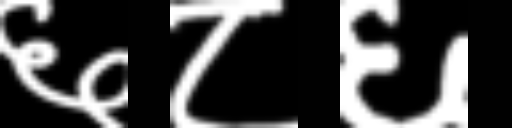
Text: ६८६